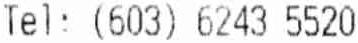
TEL: (603) 6243 5520